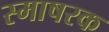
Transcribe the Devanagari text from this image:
स्माषरक